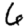
Digit: 6